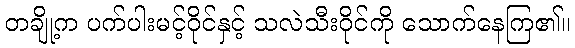
တချို့က ပက်ပါးမင့်ဝိုင်နှင့် သလဲသီးဝိုင်ကို သောက်နေကြ၏။